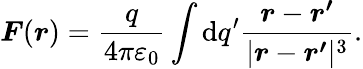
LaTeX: {\boldsymbol{F}}({\boldsymbol{r}})={\frac{q}{4\pi\varepsilon_{0}}}\int\mathrm{d}q^{\prime}{\frac{{\boldsymbol{r}}-{\boldsymbol{r^{\prime}}}}{|{\boldsymbol{r}}-{\boldsymbol{r^{\prime}}}|^{3}}}.